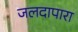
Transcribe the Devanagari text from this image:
जलदापारा